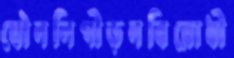
যৌননিপীড়নবিরোধী